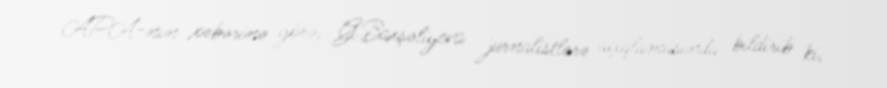
APA-nın xəbərinə görə, G.Baxşəliyeva jurnalistlərə açıqlamasında bildirib ki,